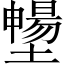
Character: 𡒮